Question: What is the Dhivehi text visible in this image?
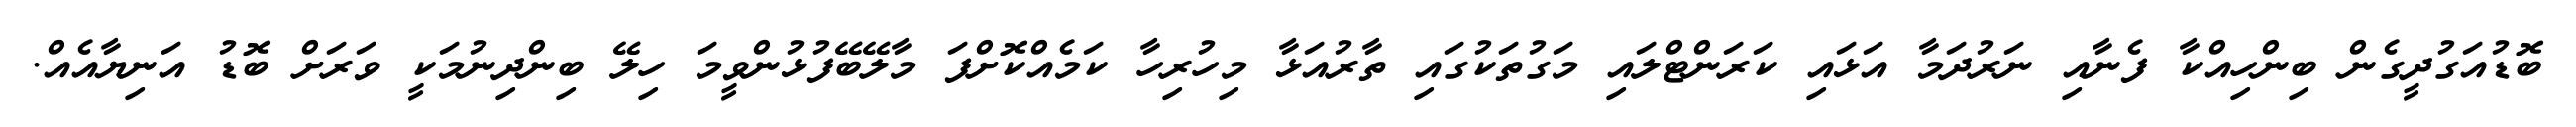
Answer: ބޮޑުއަގުދީގެން ބިންހިއްކާ ފެނާއި ނަރުދަމާ އަޅައި ކަރަންޓްލައި މަގުތަކުގައި ތާރުއަޅާ މިހުރިހާ ކަމެއްކޮށްފަ މާލޭބޭފުޅުންވީމަ ހިލޭ ބިންދިނުމަކީ ވަރަށް ބޮޑު އަނިޔާއެއް.